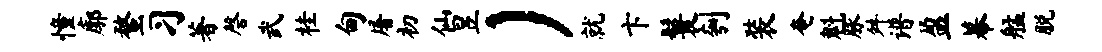
憧廓蝥习著磬武桂甸屠初仙昱）就卞鬟刳装奄魁脉舛谱盈幕艋脱